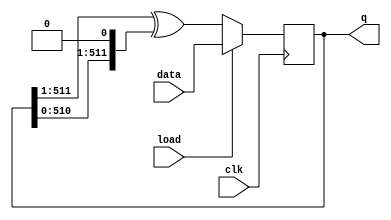
module top_module(
	input clk,
	input load,
	input [511:0] data,
	output reg [511:0] q);
	
	always @(posedge clk) begin
		if (load)
			q <= data;
		else begin
            q[511:0] <= {1'b0,q[511:1]} ^ {q[510:0], 1'b0} ;
            //Because q[511:1] is shorter than q[511:0] we can write like this:
            //q <= q[511:1] ^ {q[510:0], 1'b0} ; it will fill empty position with zero
		end
	end
endmodule